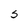
Character: S